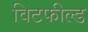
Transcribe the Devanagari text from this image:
विटफील्ड